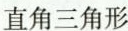
这是一个直角三角形